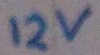
Text: 12v